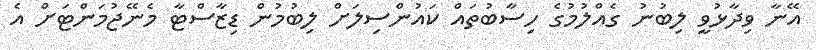
އޭނާ ވިދާޅުވީ ލިބުނު ގެއްލުމުގެ ހިސާބުތައް ކައުންސިލަށް ލިބުމުން ޑިޒާސްޓާ މެނޭޖުމަންޓަށް އެ